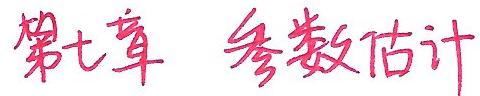
第七章 参数估计